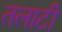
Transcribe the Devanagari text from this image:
तलाटी